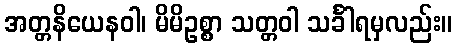
အတ္တနိယေနဝါ၊ မိမိဥစ္စာ သတ္တဝါ သင်္ခါရမှလည်း။